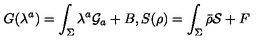
G ( \lambda ^ { a } ) = \int _ { \Sigma } \lambda ^ { a } { \cal G } _ { a } + B , S ( \rho ) = \int _ { \Sigma } \bar { \rho } { \cal S } + F